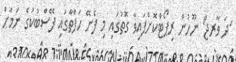
'ދަ ވާރޖް' ނޫހުން ރިޕޯޓްކޮށްފައިވާ ގޮތުގައި މި ފެށޭ ހަފްތާގައި ފޭސްބުކުގެ ނަމަށް